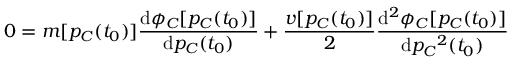
0 = m [ p _ { C } ( t _ { 0 } ) ] \frac { \mathrm { d } \phi _ { C } [ p _ { C } ( t _ { 0 } ) ] } { \mathrm { d } p _ { C } ( t _ { 0 } ) } + \frac { v [ p _ { C } ( t _ { 0 } ) ] } { 2 } \frac { \mathrm { d } ^ { 2 } \phi _ { C } [ p _ { C } ( t _ { 0 } ) ] } { \mathrm { d } { p _ { C } } ^ { 2 } ( t _ { 0 } ) }